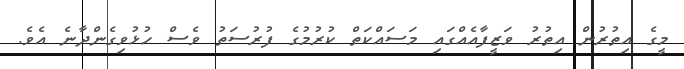
މީގެ އިތުރުން އިތުރު ވަޒީފާއެއްގައި މަސައްކަތް ކުރުމުގެ ފުރުސަތު ވެސް ހުޅުވިގެންދާނެ އެވެ.